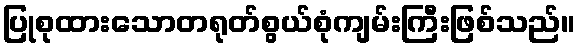
ပြုစုထားသောတရုတ်စွယ်စုံကျမ်းကြီးဖြစ်သည်။